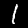
Digit: 1